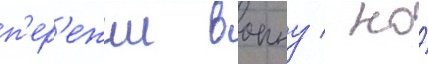
п'ер'ежил воину / но́